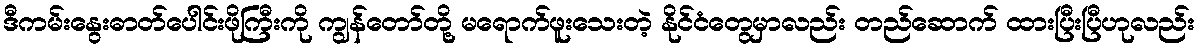
ဒီကမ်းနွေးဓာတ်ပေါင်းဖိုကြီးကို ကျွန်တော်တို့ မရောက်ဖူးသေးတဲ့ နိုင်ငံတွေမှာလည်း တည်ဆောက် ထားပြီးပြီဟုလည်း